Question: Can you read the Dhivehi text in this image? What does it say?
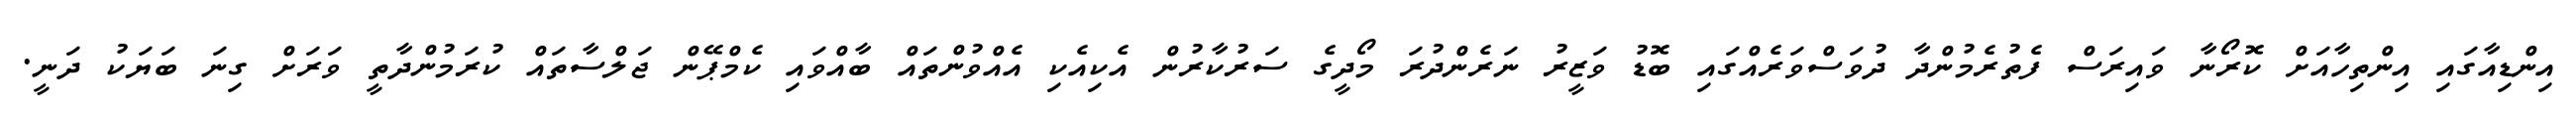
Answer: އިންޑިއާގައި އިންތިހާއަށް ކޮރޯނާ ވައިރަސް ފެތުރެމުންދާ ދުވަސްވަރެއްގައި ބޮޑު ވަޒީރު ނަރެންދުރަ މޯދީގެ ސަރުކާރުން އެކިއެކި އެއްވުންތައް ބާއްވައި ކެމްޕޭން ޖަލްސާތައް ކުރަމުންދާތީ ވަރަށް ގިނަ ބަޔަކު ދަނީ.